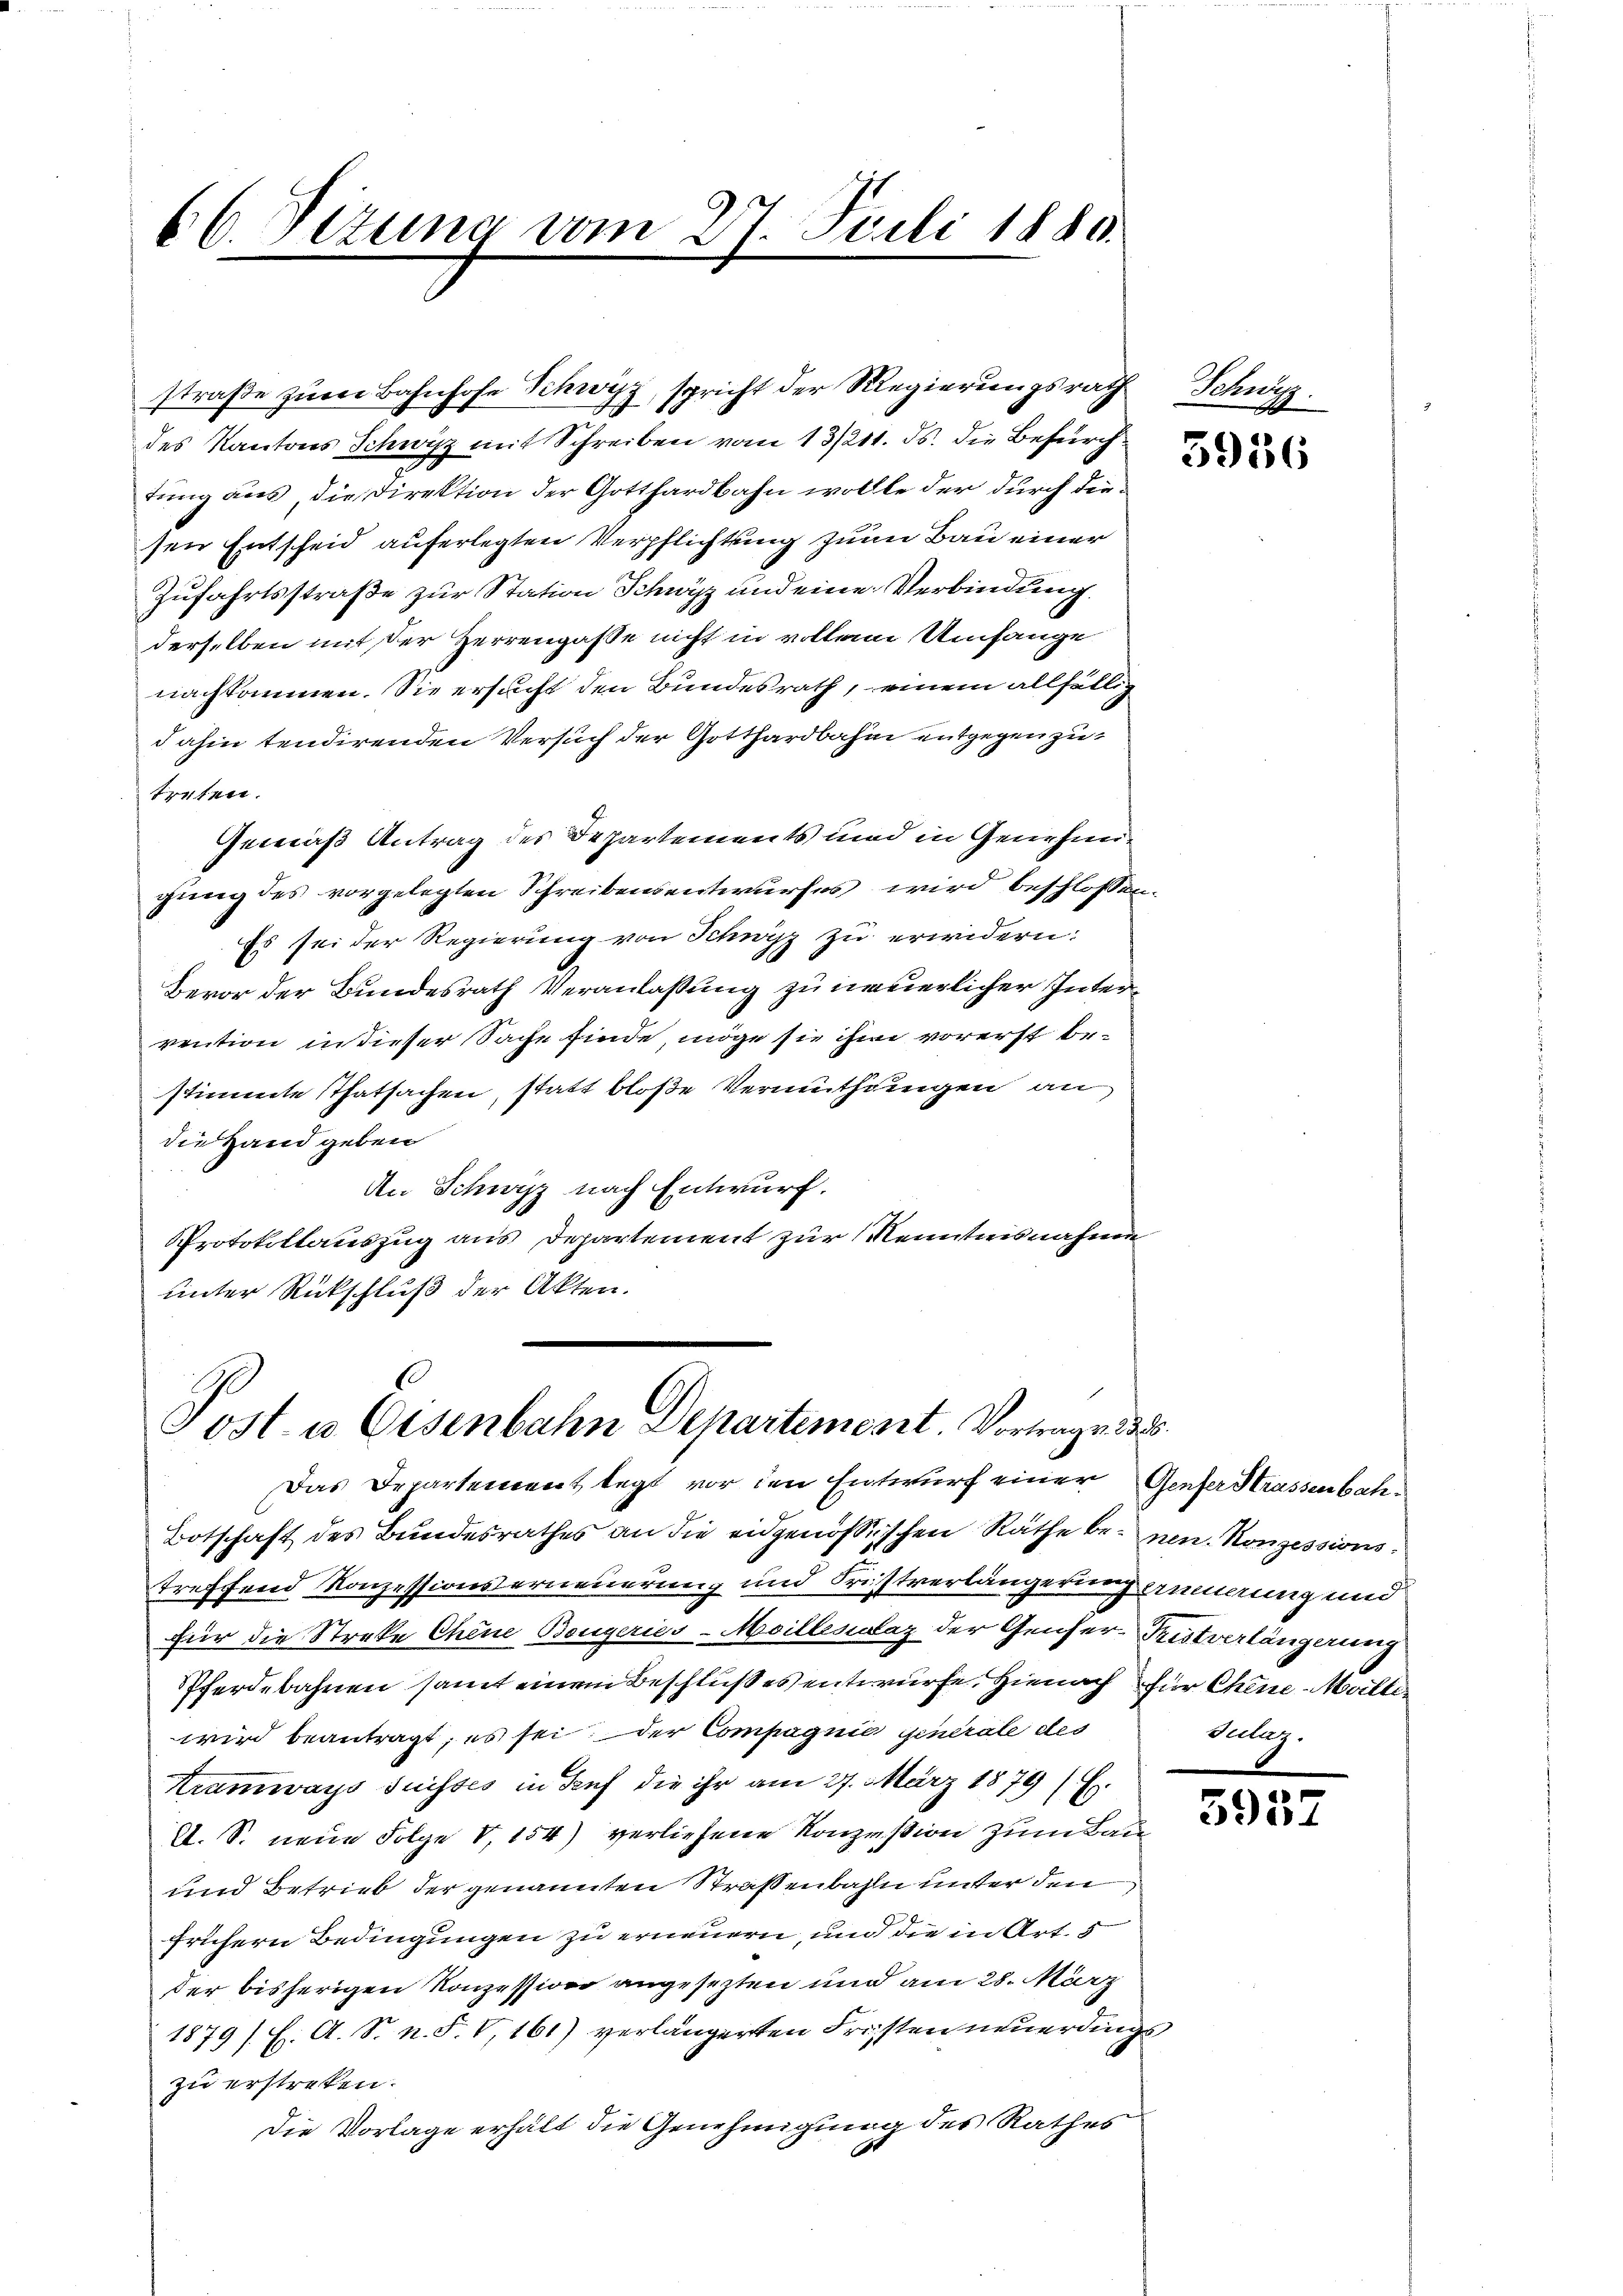
66. Dezung vom 27. Juli 1880.

des Kantons Schwyz mit Schreiben vom 13/211. ds. die Befürchtung aus, die Direktion der Gotthardbahn wollte der durch diesen Entscheid auferlegten Verpflichtung zum Bau einer
Zufahrtsstraße zur Station Schwyz und eine Verbindung.
derselben mit der Herrengaße nicht in vollen Umfange
nachkommen. Sie ersucht den Bundesrath, einem allfällig
dahin tendirenden Versuch der Gotthardbahn entgegen zutreten.
Gemäß Antrag des Departements und in Genehmigung des vorgelegten Schreibensentwurfes wird beschlossen
Es sei der Regierung von Schwyz zu erwidern:
Bevor der Bundesrath Veranlassung zu neuerlicher Intervention in dieser Sache finde, möge sie ihm vorerst bestimmte Thatsachen, statt bloße Vermuthungen an
die Hand geben
An Schwyz nach Entwurf.
Protokollauszug aus Departement zur Kenntnisnahme
unter Rückschluß der Akten.

straβe zŭm Bahnhofe Schwyz, spricht der Regierungsrath Schwyz.

Post- u Eisenbahn Departement. Vortrage des
Das Departement legt vor den Entwurf einer Genfer Strassenbah¬

b

Botschaft des Bundesrathes an die eidgenößischen Räthe benen. Konzessionstreffend Konzessionserneuerung und Fristverlängerung annerung und
für die Streke Chene Bougeries-Moillenclaz der Genser Fristverlängerung
Pferdebahnen samt einem Beschlußes entwurfe. Hienach für Chine-Mälliwird beantragt, es sei der Compagnie generale des
Kramways Suisses in Ruf die ihr am 27. März 1879 (E
A. S. neue Folge V, 154) verliefene Konzession zum Bau
und Betrieb der genannten Straßenbahn unter den
frühern Bedingungen zu erneuern, und die in Art. 5
der bisherigen Konzession angesezten und am 28. März
1879 / H. A. S. n. F. V, 161) verlängerten Fristen neuerdings
zu erstreten.
Die Vorlage erhält die Genehmigung des Rathes

5936

Sulaz.

5957